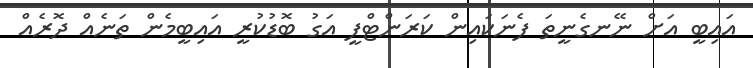
އައިބީ އަށް ނޭނގެނީތަ ފެނަކައިން ކަރަންޓްފީ އަގު ބޮޑުކުރީ އައިބީމެން ތަނެއް ދޮރެއް